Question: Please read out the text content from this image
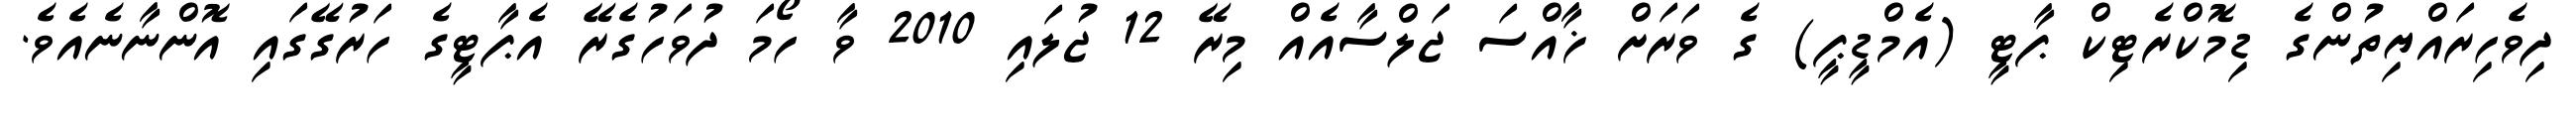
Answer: ދިވެހިރައްޔިތުންގެ ޑިމޮކްރެޓިކް ޕާޓީ (އެމްޑީޕީ) ގެ ވަރަށް ޚާއްސަ ޖަލްސާއެއް މިރޭ 12 ޖުލައި 2010 ވާ ހޯމަ ދުވަހުގެރޭ އެޕާޓީގެ ހަރުގޭގައި އޮންނާނެއެވެ.